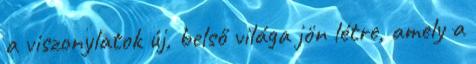
a viszonylatok új, belső világa jön létre, amely a